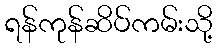
ရန်ကုန်ဆိပ်ကမ်းသို့